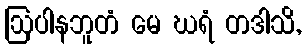
ဩပါနဘူတံ မေ ဃရံ တဒါသိ,